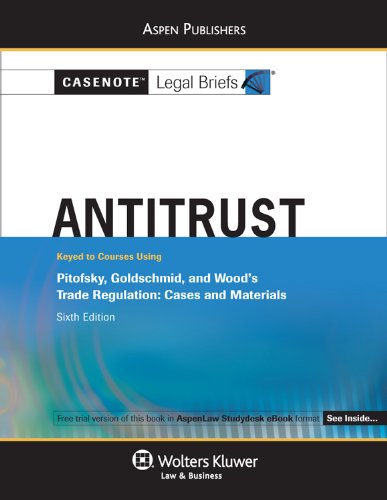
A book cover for Antitrust: Pitofsky Goldschmid & Wood; Casenotes; Law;